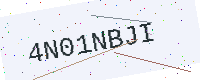
Text: 4N01NBJI